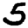
Digit: 5